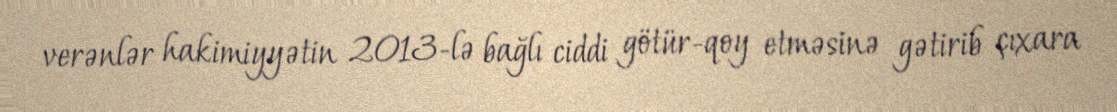
verənlər hakimiyyətin 2013-lə bağlı ciddi götür-qoy etməsinə gətirib çıxara